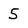
Character: 5